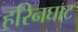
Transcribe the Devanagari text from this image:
हरिनघाट